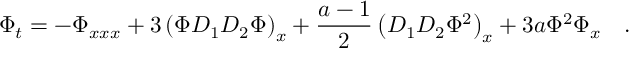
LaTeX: \Phi _ { t } = - \Phi _ { x x x } + 3 \left( \Phi { \cal D } _ { 1 } { \cal D } _ { 2 } \Phi \right) _ { x } + \frac { a - 1 } { 2 } \left( { \cal D } _ { 1 } { \cal D } _ { 2 } \Phi ^ { 2 } \right) _ { x } + 3 a \Phi ^ { 2 } \Phi _ { x } \quad .